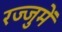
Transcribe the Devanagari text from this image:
रज्जुमें